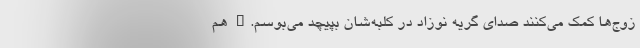
زوج‌ها کمک می‌کنند صدای گریه نوزاد در کلبه‌شان بپیچد می‌بوسم." هم